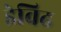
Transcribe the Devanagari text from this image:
डेविढ